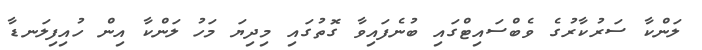
ލަންކާ ސަރުކާރުގެ ވެބްސައިޓްގައި ބުނެފައިވާ ގޮތުގައި މިދިޔަ މަހު ލަންކާ އިން ހުއިފިލަނޑާ